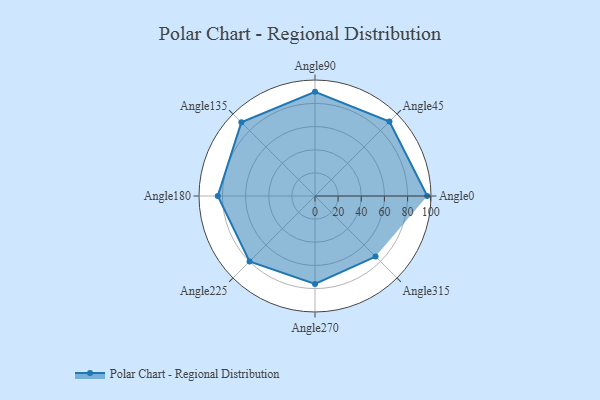
{"axis": {"x": "Angle", "y": "Radius"}, "legend": [""], "data": [{"x": "Angle0", "y": 97.0, "type": ""}, {"x": "Angle45", "y": 91.0, "type": ""}, {"x": "Angle90", "y": 90.0, "type": ""}, {"x": "Angle135", "y": 90.0, "type": ""}, {"x": "Angle180", "y": 84.0, "type": ""}, {"x": "Angle225", "y": 80.0, "type": ""}, {"x": "Angle270", "y": 76.0, "type": ""}, {"x": "Angle315", "y": 74.0, "type": ""}]}